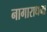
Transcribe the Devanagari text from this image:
नागाराधना